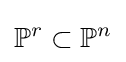
\mathbb {P} ^{r}\subset \mathbb {P} ^{n}